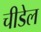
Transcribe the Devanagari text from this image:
चीडेल